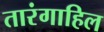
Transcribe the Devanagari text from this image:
तारंगाहिल